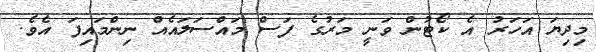
މިދިޔަ އަހަރު އެ ކޯޓުން ވަނީ މަރުގެ ފަސް މައްސަލައެއް ނިންމައިފަ އެވެ.